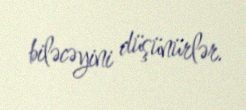
biləcəyini düşünürlər.